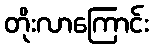
တိုးလာကြောင်း